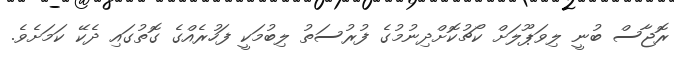
ރޮޖާސް ބުނީ ލިވަޕޫލަށް ކޯޗުކޮށްދިނުމުގެ ފުރުސަތު ލިބުމަކީ ފަހުރެެއްގެ ގޮތުގައި ދެކޭ ކަމަށެވެ.